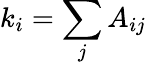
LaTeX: k_{i}=\sum_{j}A_{ij}